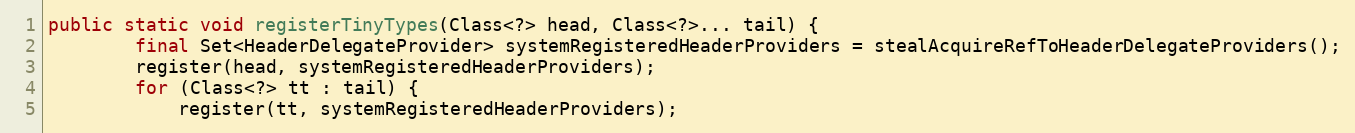
Language: Java
public static void registerTinyTypes(Class<?> head, Class<?>... tail) {
        final Set<HeaderDelegateProvider> systemRegisteredHeaderProviders = stealAcquireRefToHeaderDelegateProviders();
        register(head, systemRegisteredHeaderProviders);
        for (Class<?> tt : tail) {
            register(tt, systemRegisteredHeaderProviders);